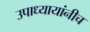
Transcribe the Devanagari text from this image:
उपाध्यायांनीच